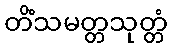
တိံသမတ္တသုတ္တံ